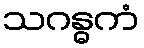
သဂန္ဓကံ